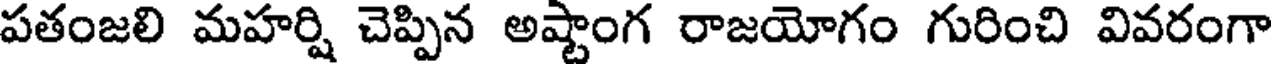
పతంజలి మహర్షి చెప్పిన అష్టాంగ రాజయోగం గురించి వివరంగా